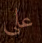
علي